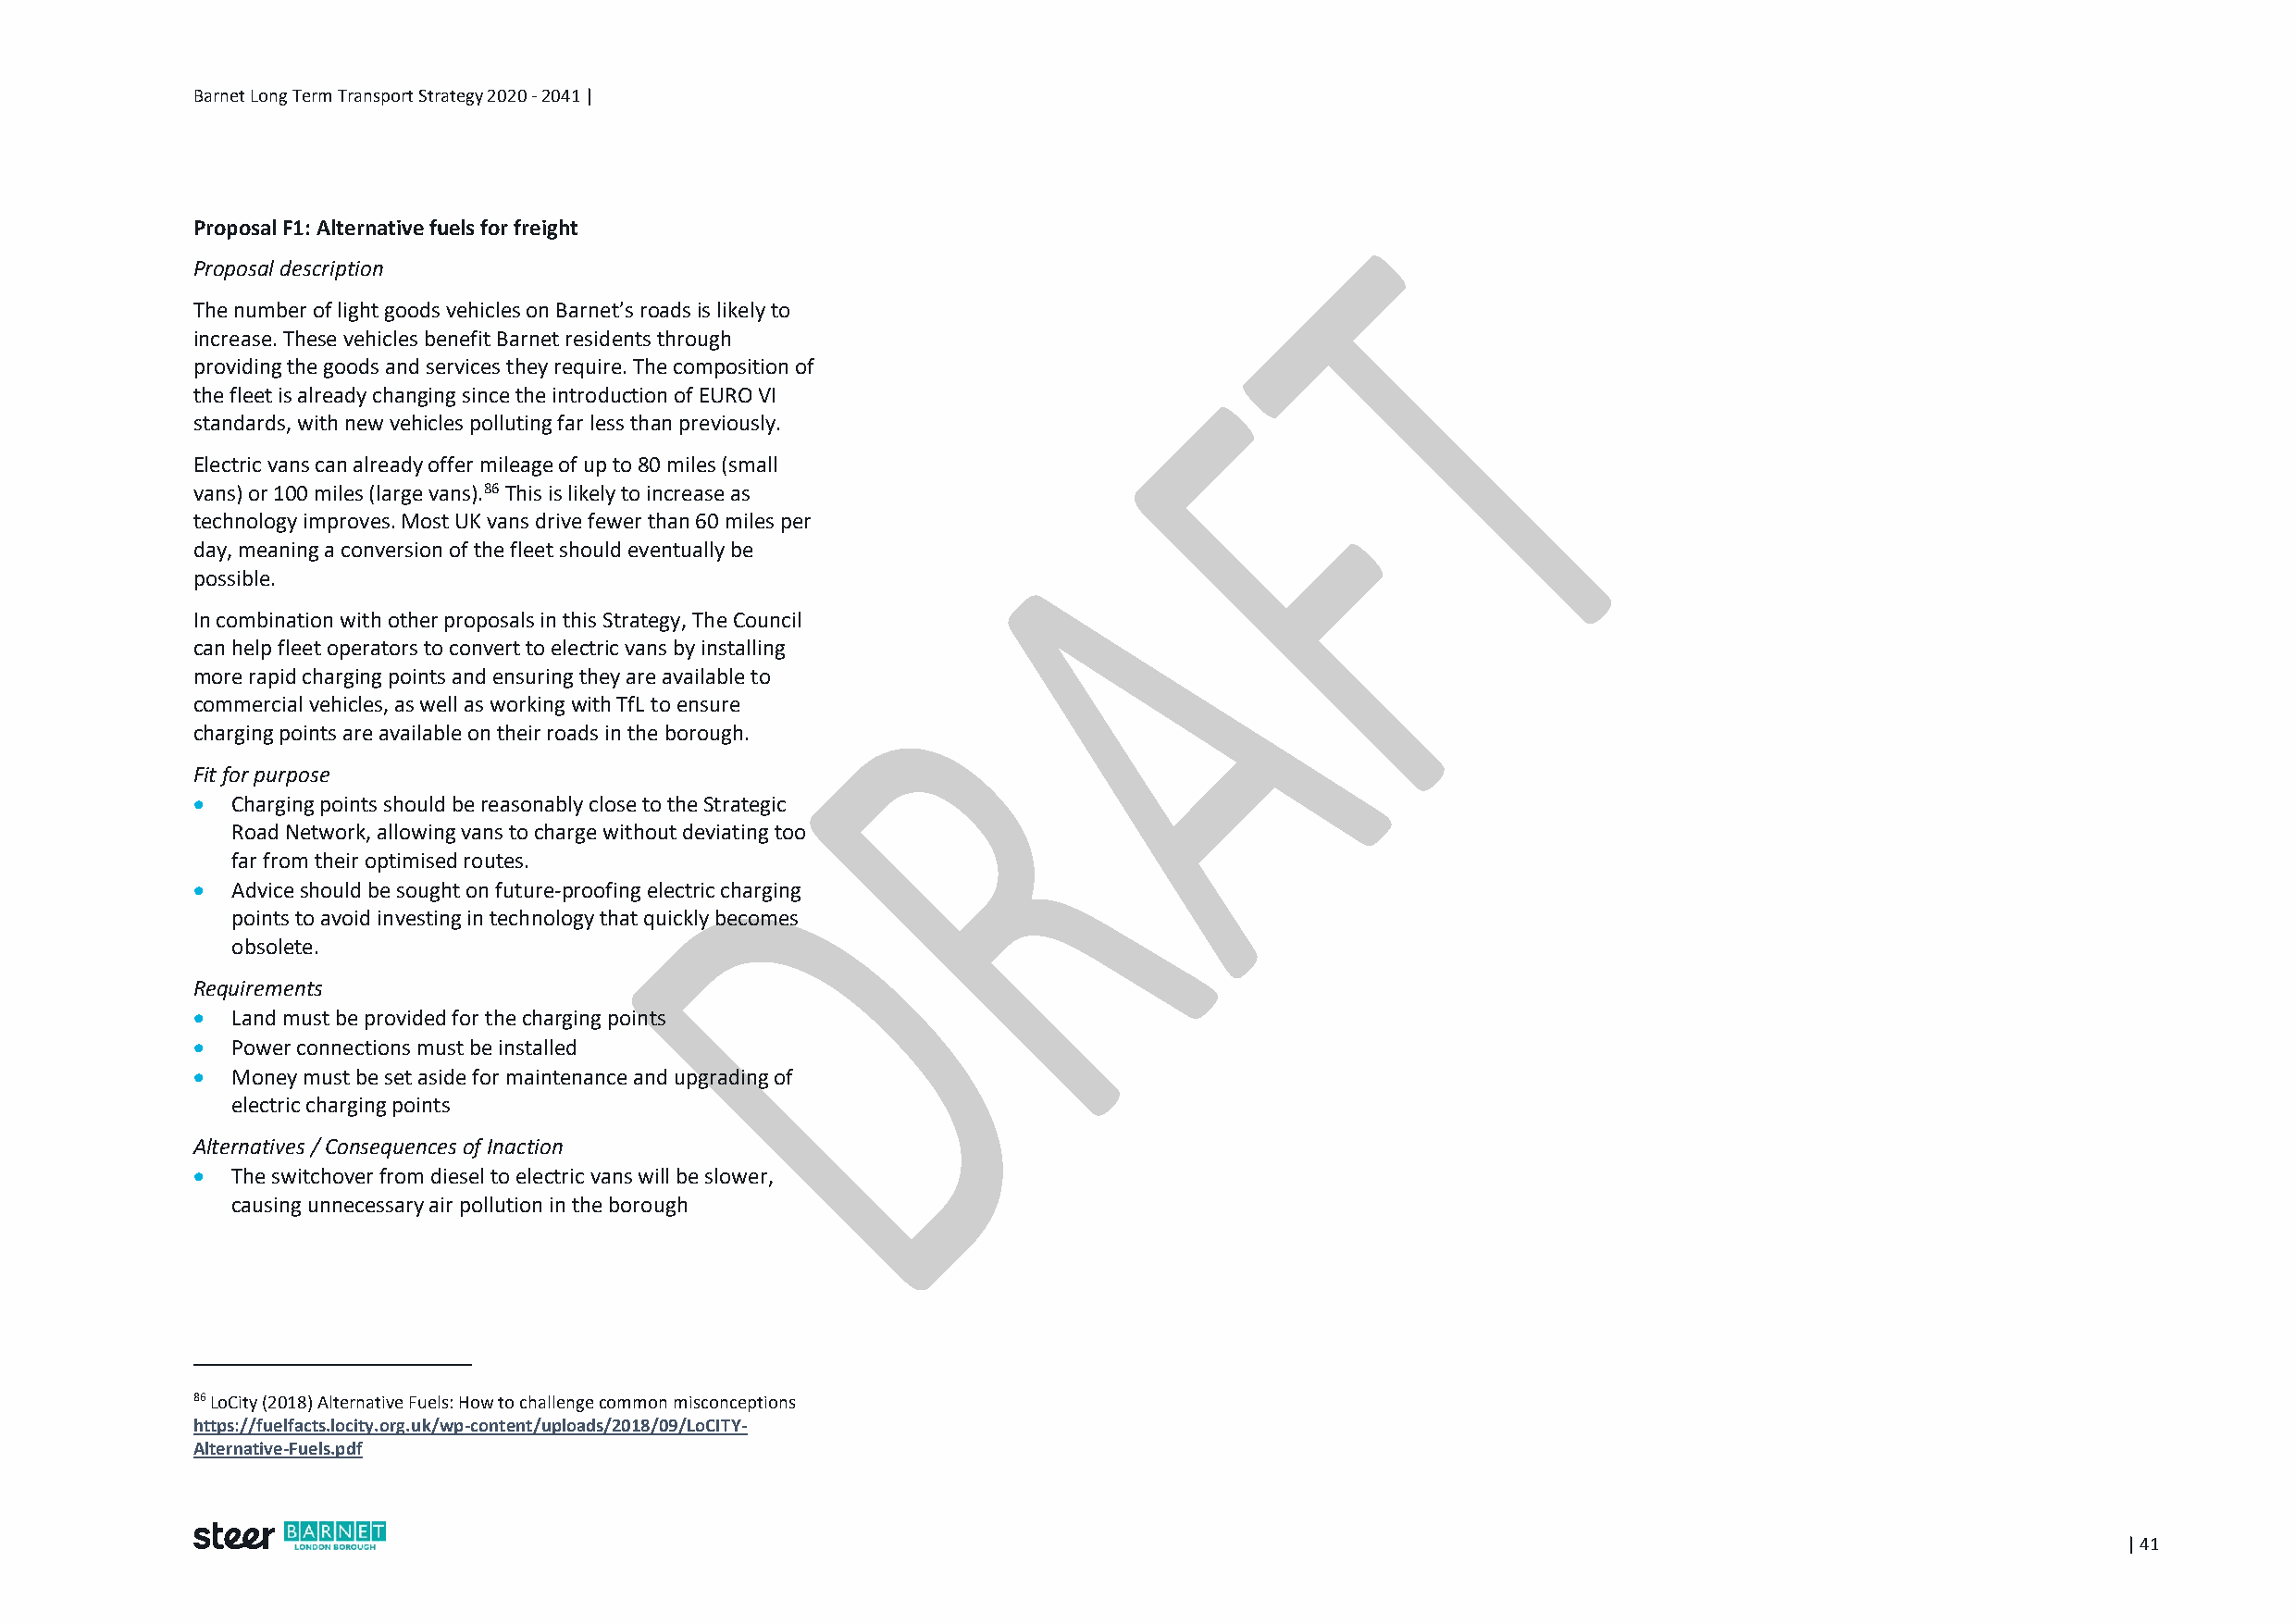
Barnet Long Term Transport Strategy 2020 - 2041 |
 Proposal F1: Alternative fuels for freight
 Proposal description
 The number of light goods vehicles on Barnet’s roads is likely to
 increase. These vehicles benefit Barnet residents through
 providing the goods and services they require. The composition of
 the fleet is already changing since the introduction of EURO VI
 standards, with new vehicles polluting far less than previously.
 Electric vans can already offer mileage of up to 80 miles (small
 vans) or 100 miles (large vans).86 This is likely to increase as
 technology improves. Most UK vans drive fewer than 60 miles per
 day, meaning a conversion of the fleet should eventually be
 possible.
 In combination with other proposals in this Strategy, The Council
 can help fleet operators to convert to electric vans by installing
 more rapid charging points and ensuring they are available to
 commercial vehicles, as well as working with TfL to ensure
 charging points are available on their roads in the borough.
 Fit for purpose
   Charging points should be reasonably close to the Strategic
 Road Network, allowing vans to charge without deviating too
 far from their optimised routes.
   Advice should be sought on future-proofing electric charging
 points to avoid investing in technology that quickly becomes
 obsolete.
 Requirements
   Land must be provided for the charging points
   Power connections must be installed
   Money must be set aside for maintenance and upgrading of
 electric charging points
 Alternatives / Consequences of Inaction
   The switchover from diesel to electric vans will be slower,
 causing unnecessary air pollution in the borough
 86 LoCity (2018) Alternative Fuels: How to challenge common misconceptions
 https://fuelfacts.locity.org.uk/wp-content/uploads/2018/09/LoCITY-
 Alternative-Fuels.pdf
 | 41